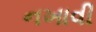
નખાવી